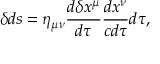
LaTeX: \delta d s = \eta _ { \mu \nu } { \frac { d \delta x ^ { \mu } } { d \tau } } { \frac { d x ^ { \nu } } { c d \tau } } d \tau ,